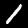
Digit: 1